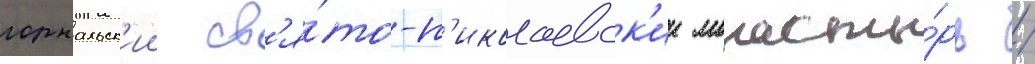
горнальск'ии св'я́то-н'иколаевск'ии монасты́рь /